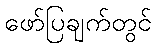
ဖော်ပြချက်တွင်